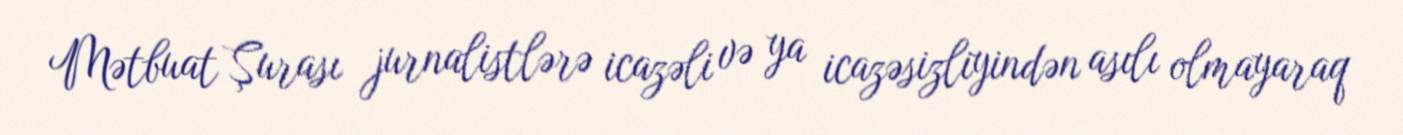
Mətbuat Şurası jurnalistlərə icazəli və ya icazəsizliyindən asılı olmayaraq